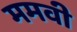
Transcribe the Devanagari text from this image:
ममवी